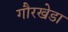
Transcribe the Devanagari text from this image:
गौरखेडा